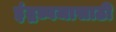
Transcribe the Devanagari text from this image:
इंद्रध्वजासाठी